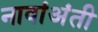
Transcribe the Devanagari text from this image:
नावांअंती